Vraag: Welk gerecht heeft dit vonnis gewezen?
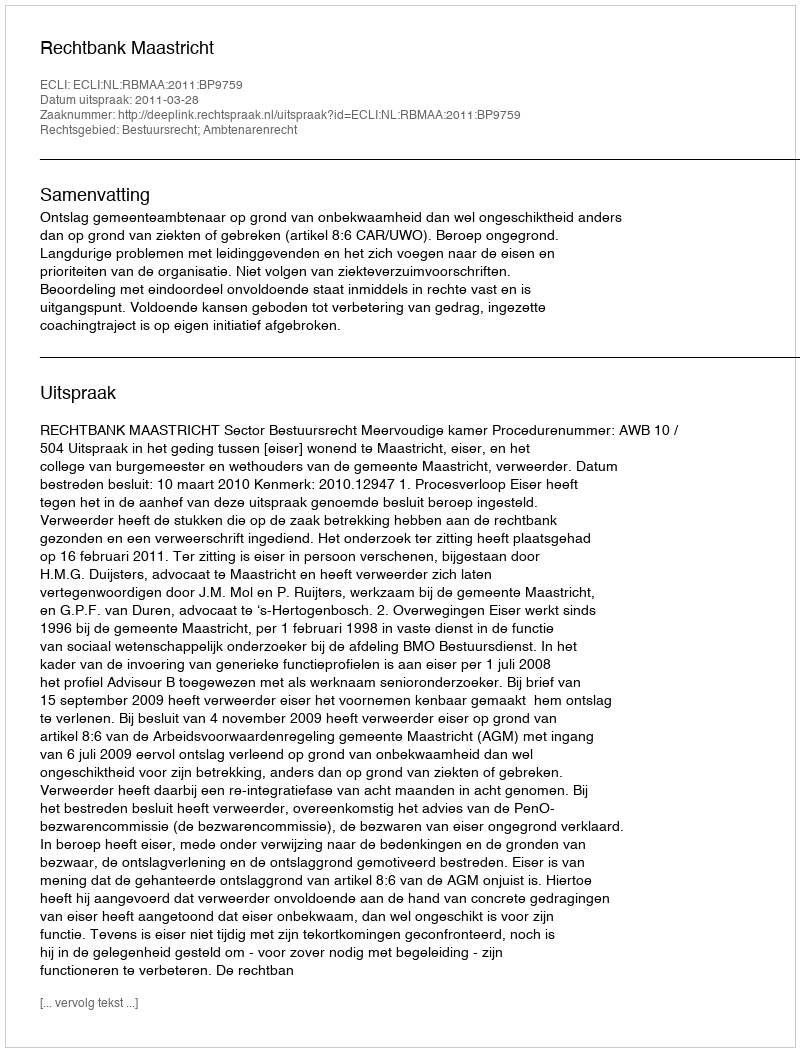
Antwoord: Rechtbank Maastricht